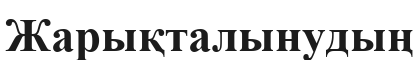
Жарықталынудың